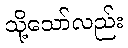
သို့သော်လည်း